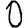
Digit: 0